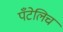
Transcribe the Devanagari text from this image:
पँटेलिच